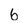
Character: 6